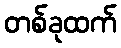
တစ်ခုထက်